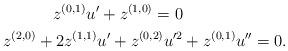
LaTeX: \begin{align*} z^{(0,1)}u^\prime+z^{(1,0)}=0\\z^{(2,0)}+2z^{(1,1)}u^\prime+z^{(0,2)}u^{\prime2}&+z^{(0,1)}u^{\prime\prime}=0.\end{align*}